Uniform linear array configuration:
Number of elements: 48
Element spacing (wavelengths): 1
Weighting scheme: cosine
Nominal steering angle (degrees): -30
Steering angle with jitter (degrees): -31.329
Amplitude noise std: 0.05
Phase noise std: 0.05

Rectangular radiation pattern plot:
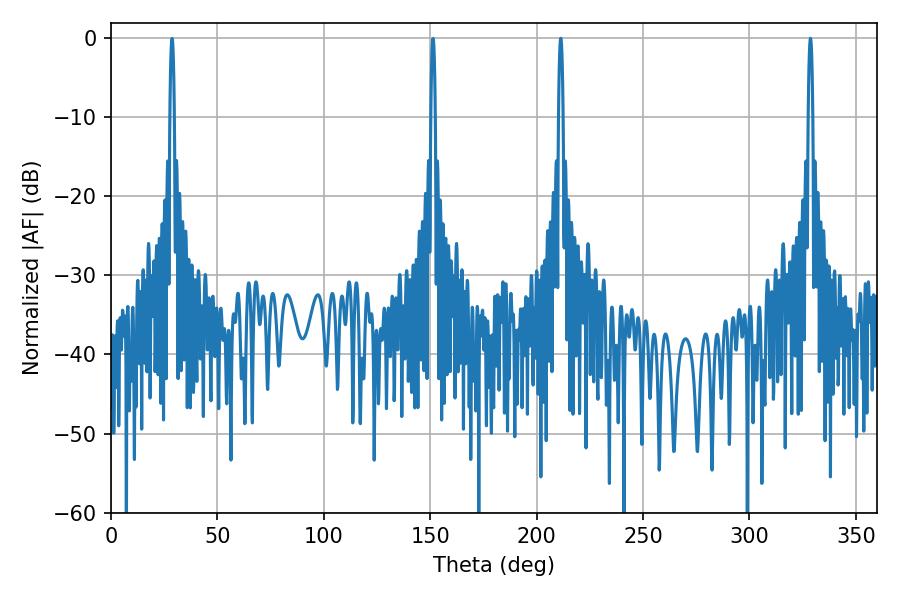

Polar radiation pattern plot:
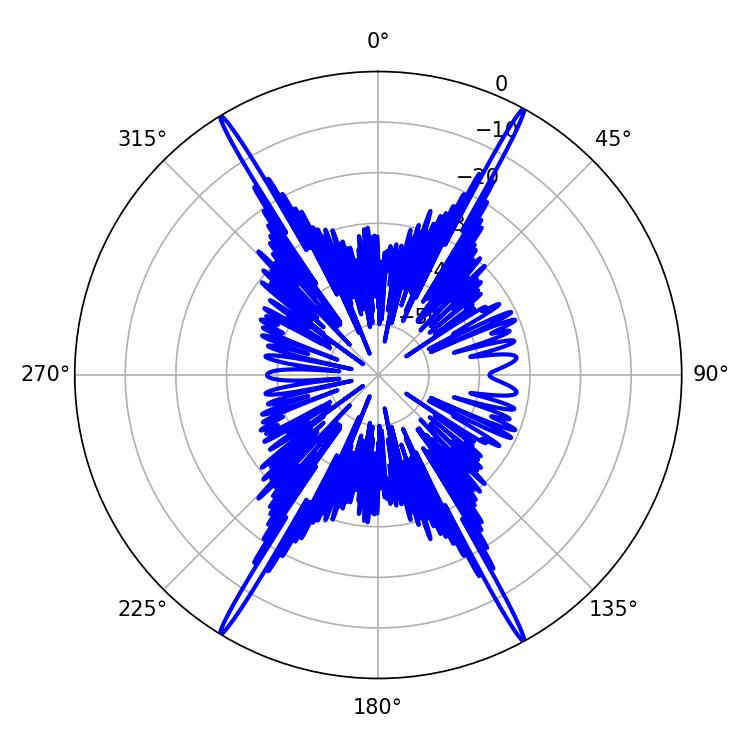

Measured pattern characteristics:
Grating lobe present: TRUE
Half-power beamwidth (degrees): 1.08
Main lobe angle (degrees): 211.32